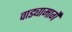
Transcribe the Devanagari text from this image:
वाड्यामार्गे